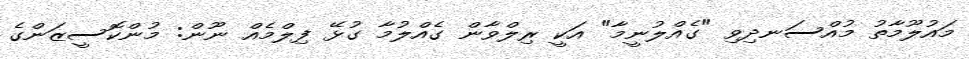
މައުލޫމާތު މުއްސަނދިވި "ގެއްލުނީމާ" އަކީ ރިލްވާން ގެއްލުމާ ގުޅޭ ފިލްމެއް ނޫން: މުންކޮސީޒަންގެ